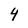
Character: 4